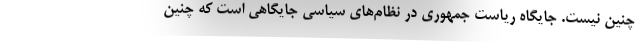
چنین نیست. جایگاه ریاست جمهوری در نظام‌های سیاسی جایگاهی است که چنین